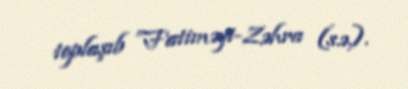
toplaşıb ”Fatiməyi-Zəhra (s.ə.).